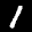
Label: 1